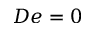
D e = 0